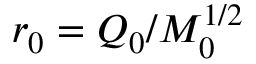
r _ { 0 } = Q _ { 0 } / M _ { 0 } ^ { 1 / 2 }